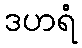
ဒဟရံ